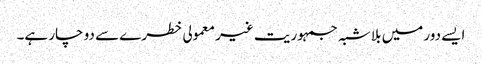
ایسے دور میں بلا شبہ جمہوریت غیر معمولی خطرے سے دو چار ہے۔